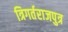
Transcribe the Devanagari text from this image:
त्रिगर्तराजपुत्र